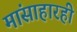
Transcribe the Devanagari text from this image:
मांसाहारही